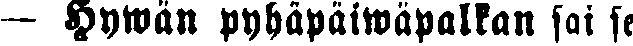
— Hywän pyhäpäiwäpalkan sai se